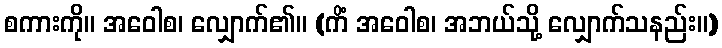
စကားကို။ အဝေါစ၊ လျှောက်၏။ (ကိံ အဝေါစ၊ အဘယ်သို့ လျှောက်သနည်း။)